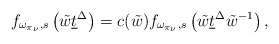
\begin{align*}f_{\omega_{\pi_\nu},s}\left(\tilde{w} \underline{t}^\Delta\right)=c(\tilde{w})f_{\omega_{\pi_\nu},s}\left(\tilde{w} \underline{t}^\Delta \tilde{w}^{-1}\right),\end{align*}